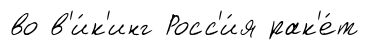
во в'и́к'инг Росс'и́я рак'е́т